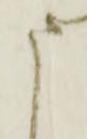
申